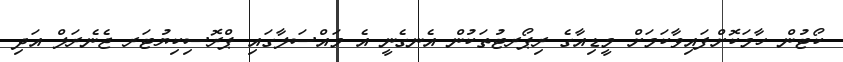
ކޯޓުން ހާމަކޮށްފައިވާކަމަށް މީޑިއާގެ ރިޕޯރޓުތަކުން އެނގެނީ އެ މައްސަލާގައި ޕްރޮސިކިޔުޓަރ ޖެނެރަލް އަދި